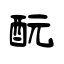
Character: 酛